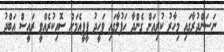
ނަސަންދުރާގައި މިހާރު ކުރިއަށް ގެންދާ ހަފުލާގައި ވަހީދު ޕީޕީއެމަށް ސޮއިކުރެއްވީ ރައީސް އަބްދު